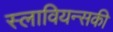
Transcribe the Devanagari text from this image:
स्लावियन्सकी